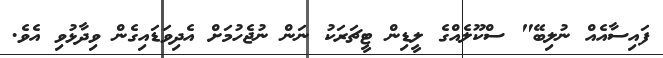
ފައިސާއެއް ނުލިބޭ" ސްކޫލެއްގެ ލީޑިން ޓީޗަރަކު ނަން ނުޖެހުމަށް އެދިވަޑައިގެން ވިދާޅުވި އެވެ.